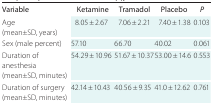
<table><thead><tr><td><b>Variable</b></td><td><b>Ketamine</b></td><td><b>Tramadol</b></td><td><b>Placebo</b></td><td><b><i>P</i></b></td></tr></thead><tbody><tr><td>Age (mean±SD, years)</td><td>8.05 ± 2.67</td><td>7.06 ± 2.21</td><td>7.40 ± 1.38</td><td>0.103</td></tr><tr><td>Sex (male percent)</td><td>57.10</td><td>66.70</td><td>40.02</td><td>0.061</td></tr><tr><td>Duration of anesthesia (mean±SD, minutes)</td><td>54.29 ± 10.96</td><td>51.67 ± 10.37</td><td>53.00 ± 14.6</td><td>0.553</td></tr><tr><td>Duration of surgery (mean±SD, minutes)</td><td>42.14 ± 10.43</td><td>40.56 ± 9.35</td><td>41.0 ± 12.62</td><td>0.761</td></tr></tbody></table>